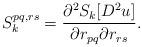
LaTeX: \begin{align*}S^{pq, rs}_k = \frac{\partial^2 S_k [D^2u]}{\partial r_{pq} \partial r_{rs}}.\end{align*}